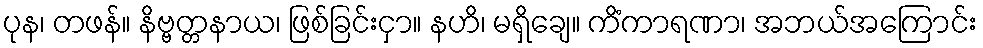
ပုန၊ တဖန်။ နိဗ္ဗတ္တနာယ၊ ဖြစ်ခြင်းငှာ။ နဟိ၊ မရှိချေ။ ကိံကာရဏာ၊ အဘယ်အကြောင်း